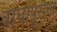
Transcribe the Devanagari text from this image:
बाघापुराना